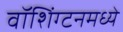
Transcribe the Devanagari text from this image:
वॉशिंग्टनमध्ये